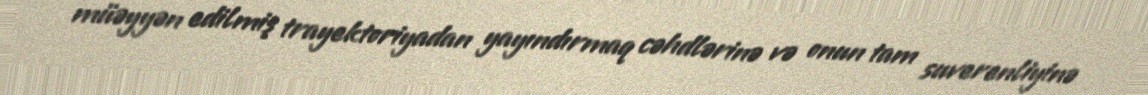
müəyyən edilmiş trayektoriyadan yayındırmaq cəhdlərinə və onun tam suverenliyinə